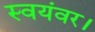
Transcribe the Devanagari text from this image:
स्वयंवर।